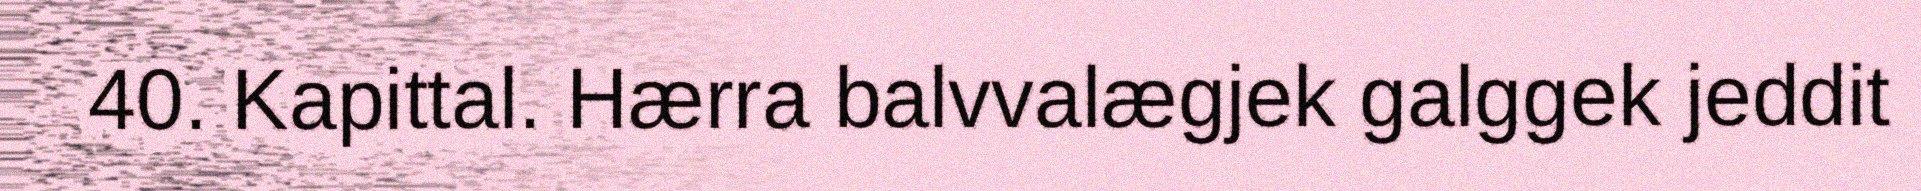
40. Kapittal. Hærra balvvalægjek galggek jeddit